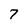
Character: 7